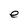
Character: e